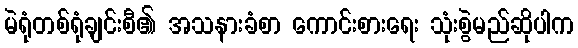
မဲရုံတစ်ရုံချင်းစီ၏ အသနားခံစာ ကောင်းစားရေး သုံးစွဲမည်ဆိုပါက